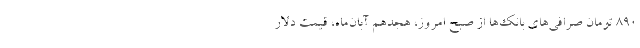
۸۹۰ تومان صرافی‌های بانک‌ها از صبح امروز، هجدهم آبان‌ماه، قیمت دلار